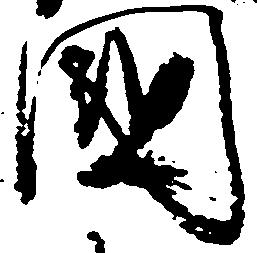
国